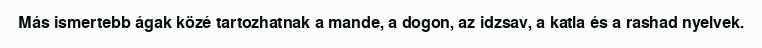
Más ismertebb ágak közé tartozhatnak a mande, a dogon, az idzsav, a katla és a rashad nyelvek.